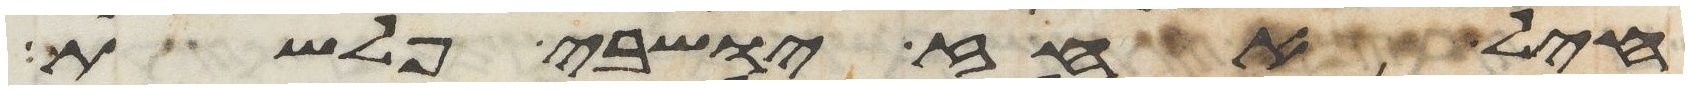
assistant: חיל אחז ישבי פלשת